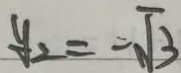
y _ { 2 } = - \sqrt { 3 }